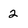
Character: 2